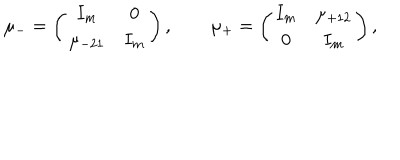
\mu _ { - } = \left( \begin{array} { c c } { { I _ { m } } } & { { 0 } } \\ { { \mu _ { - 2 1 } } } & { { I _ { m } } } \\ \end{array} \right) , \qquad \mu _ { + } = \left( \begin{array} { c c } { { I _ { m } } } & { { \mu _ { + 1 2 } } } \\ { { 0 } } & { { I _ { m } } } \\ \end{array} \right) ,